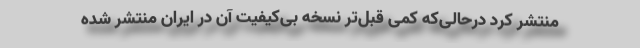
منتشر کرد درحالی‌که کمی قبل‌تر نسخه بی‌کیفیت آن در ایران منتشر شده